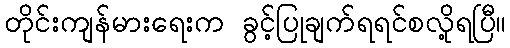
တိုင်းကျန်မားရေးက ခွင့်ပြုချက်ရရင်စလို့ရပြီ။